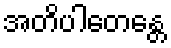
အတိပါတေန္တေ